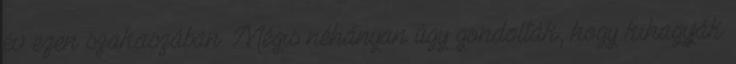
év ezen szakaszában. Mégis néhányan úgy gondolták, hogy kihagyják